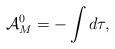
LaTeX: \begin{align*}{\cal A}^0_M = - \int d\tau,\end{align*}